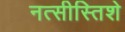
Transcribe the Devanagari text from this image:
नत्सीस्तिशे